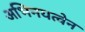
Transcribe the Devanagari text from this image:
अभिनयत्वेन